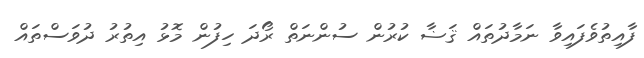
ފާއިތުވެފައިވާ ނަމާދުތައް ޤަޟާ ކުރުން ސުންނަތް ރޯދަ ހިފުން މޮޅު އިތުރު ދުވަސްތައް